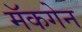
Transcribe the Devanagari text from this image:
मॅकगेन